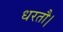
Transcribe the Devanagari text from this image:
धरतौ।